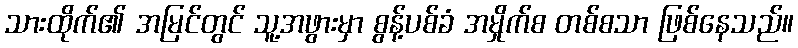
သားထိုက်၏ အမြင်တွင် သူ့အဖွားမှာ စွန့်ပစ်ခံ အမှိုက်စ တစ်စသာ ဖြစ်နေသည်။